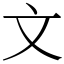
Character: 文